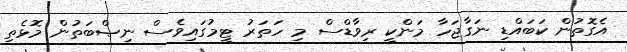
އެގޮތުން ކަބައްޑި ނަގާޖަހާ މަންކީ ރިވާޑްސް މި ހަތަރު ޓީމުގައިވެސް ނިޞްބަތުން މޮޅެތި